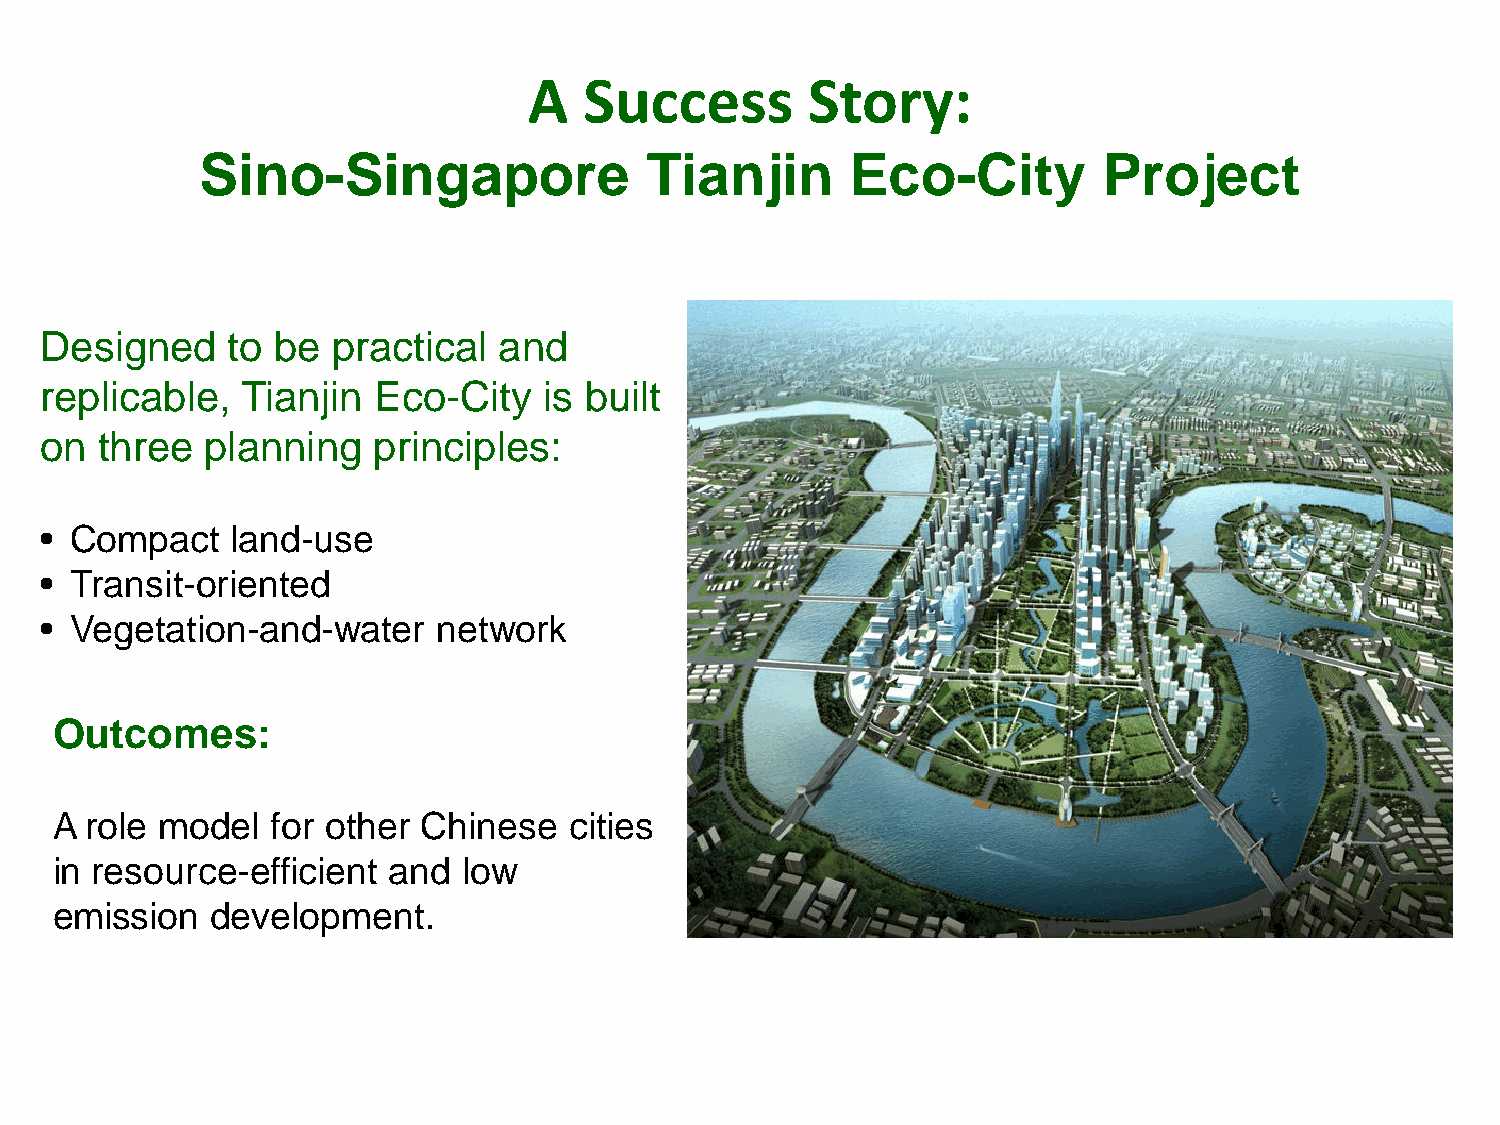
A   Success       Story:
 Sino-Singapore                Tianjin      Eco-City         Project
 Designed    to be  practical  and
 replicable,  Tianjin  Eco-City   is built
 on three   planning   principles:
 • Compact   land-use
 • Transit-oriented
 • Vegetation-and-water    network
 Outcomes:
 A  role model  for other Chinese   cities
 in resource-efficient  and  low
 emission   development.